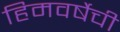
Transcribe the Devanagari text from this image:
हिमवर्षेची